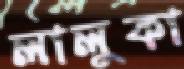
লালুকা